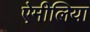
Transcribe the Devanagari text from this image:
ऐमीलिया